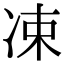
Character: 凁